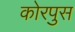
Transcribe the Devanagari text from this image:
कोरपुस